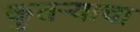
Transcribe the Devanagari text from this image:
कुतऱ्याचा